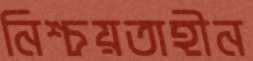
নিশ্চয়তাহীন